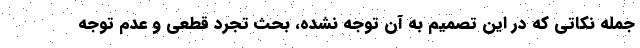
جمله نکاتی که در این تصمیم به آن توجه نشده، بحث تجرد قطعی و عدم توجه